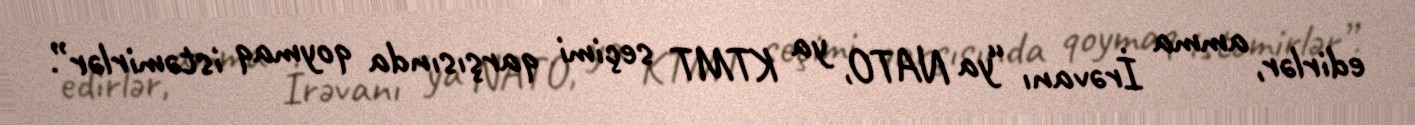
edirlər, amma İrəvanı “ya NATO, ya KTMT seçimi qarşısında qoymaq istəmirlər”.